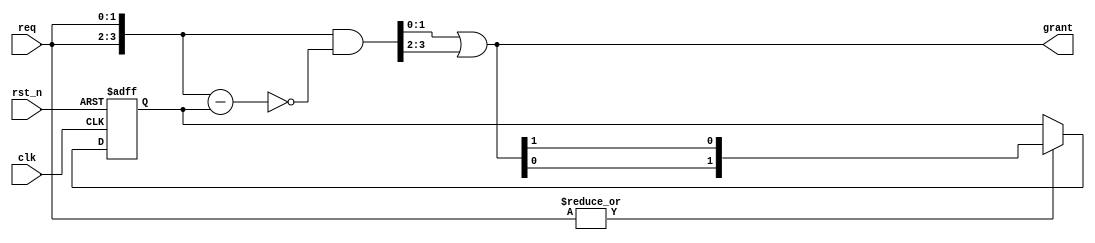
//************************************************************
// See LICENSE for license details.
//
// Module: uv_arb_rr
//
// Designer: Owen
//
// Description:
//      Round-robin arbiter.
//************************************************************

`timescale 1ns / 1ps

module uv_arb_rr
#(
    parameter WIDTH = 2
)
(
    input                   clk,
    input                   rst_n,
    input  [WIDTH-1:0]      req,
    output [WIDTH-1:0]      grant
);

    localparam UDLY         = 1;

    wire   [WIDTH*2-1:0]    req_d;
    wire   [WIDTH*2-1:0]    req_sub;
    wire   [WIDTH*2-1:0]    grant_d;
    reg    [WIDTH-1:0]      prio_r;

    assign req_d            = {req, req};
    assign req_sub          = req_d - prio_r;
    assign grant_d          = req_d & (~req_sub);
    assign grant            = grant_d[WIDTH-1:0] | grant_d[2*WIDTH-1:WIDTH];

    // Update priority according to the previous grant.
    always @(posedge clk or negedge rst_n) begin
        if (~rst_n) begin
            prio_r <= {{(WIDTH-1){1'b0}}, 1'b1};
        end
        else begin
            if (|req) begin
                prio_r <= #UDLY {grant[WIDTH-2:0], grant[WIDTH-1]};
            end
        end
    end

endmodule